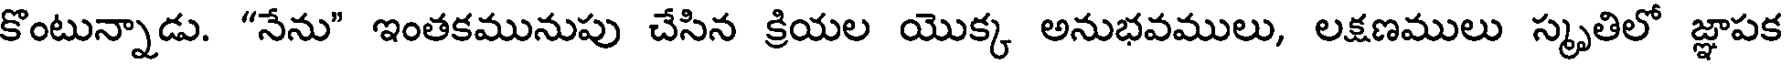
కొంటున్నాడు. "నేను" ఇంతకమునుపు చేసిన క్రియల యొక్క అనుభవములు, లక్షణములు స్మృతిలో జ్ఞాపక